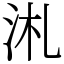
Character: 㳐